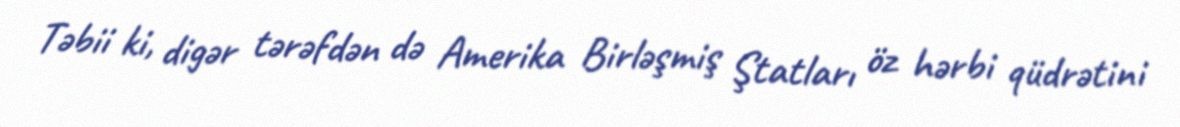
Təbii ki, digər tərəfdən də Amerika Birləşmiş Ştatları öz hərbi qüdrətini